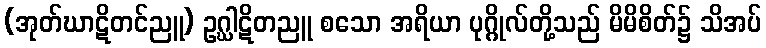
(အုတ်ဃာဋိတင်ညူ) ဥဂ္ဃါဋိတညူ စသော အရိယာ ပုဂ္ဂိုလ်တို့သည် မိမိစိတ်၌ သိအပ်